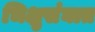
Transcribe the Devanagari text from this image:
भिक्षुसंघात